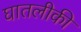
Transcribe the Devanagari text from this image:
घातलीकी